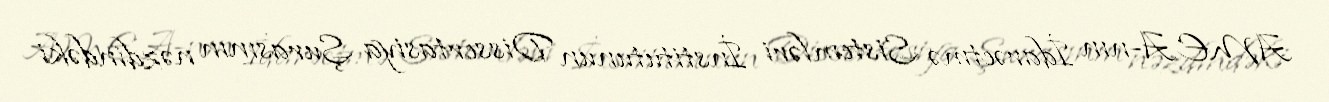
AMEA-nın İdarəetmə Sistemləri İnstitutunun Dissertasiya Şurasının nəzdindəki